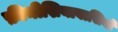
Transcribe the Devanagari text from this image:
फ़ीनीशियावासियों